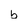
Character: 6